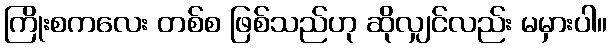
ကြိုးစကလေး တစ်စ ဖြစ်သည်ဟု ဆိုလျှင်လည်း မမှားပါ။